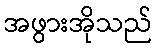
အဖွားအိုသည်